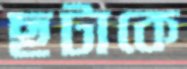
ছটাকে